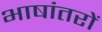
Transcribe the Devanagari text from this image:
भाषांतरों